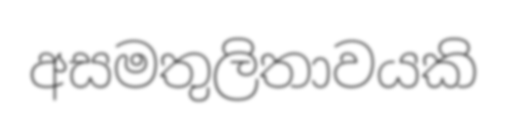
අසමතුලිතාවයකි